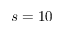
s = 1 0